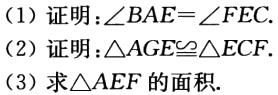
(1) 证明：\(\angle BAE = \angle FEC\)
(2) 证明：\(\triangle AGE\cong\triangle ECF\)
(3) 求\(\triangle AEF\)的面积.